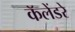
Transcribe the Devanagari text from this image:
कॅलेंडरे